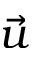
\vec { u }